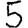
Digit: 5